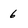
Character: 6